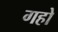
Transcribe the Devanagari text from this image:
गहो